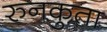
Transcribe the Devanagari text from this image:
रुनकुता